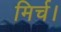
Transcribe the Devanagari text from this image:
मिर्च।